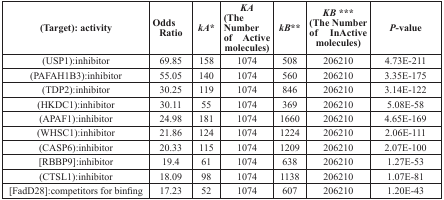
| (Target): activity | Odds Ratio | kA* | KA(The Number of Active molecules) | kB** | KB***(The Number of InActive molecules) | P-value |
 | --- | --- | --- | --- | --- | --- | --- |
 | (USP1):inhibitor | 69.85 | 158 | 1074 | 508 | 206210 | 4.73E-211 |
 | (PAFAH1B3):inhibitor | 55.05 | 140 | 1074 | 560 | 206210 | 3.35E-175 |
 | (TDP2):inhibitor | 30.25 | 119 | 1074 | 846 | 206210 | 3.14E-122 |
 | (HKDC1):inhibitor | 30.11 | 55 | 1074 | 369 | 206210 | 5.08E-58 |
 | (APAF1):inhibitor | 24.98 | 181 | 1074 | 1660 | 206210 | 4.65E-169 |
 | (WHSC1):inhibitor | 21.86 | 124 | 1074 | 1224 | 206210 | 2.06E-111 |
 | (CASP6):inhibitor | 20.33 | 115 | 1074 | 1209 | 206210 | 2.07E-100 |
 | [RBBP9]:inhibitor | 19.4 | 61 | 1074 | 638 | 206210 | 1.27E-53 |
 | (CTSL1):inhibitor | 18.09 | 98 | 1074 | 1138 | 206210 | 1.07E-81 |
 | [FadD28]:competitors for binfing | 17.23 | 52 | 1074 | 607 | 206210 | 1.20E-43 |